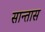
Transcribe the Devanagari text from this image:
सान्तास